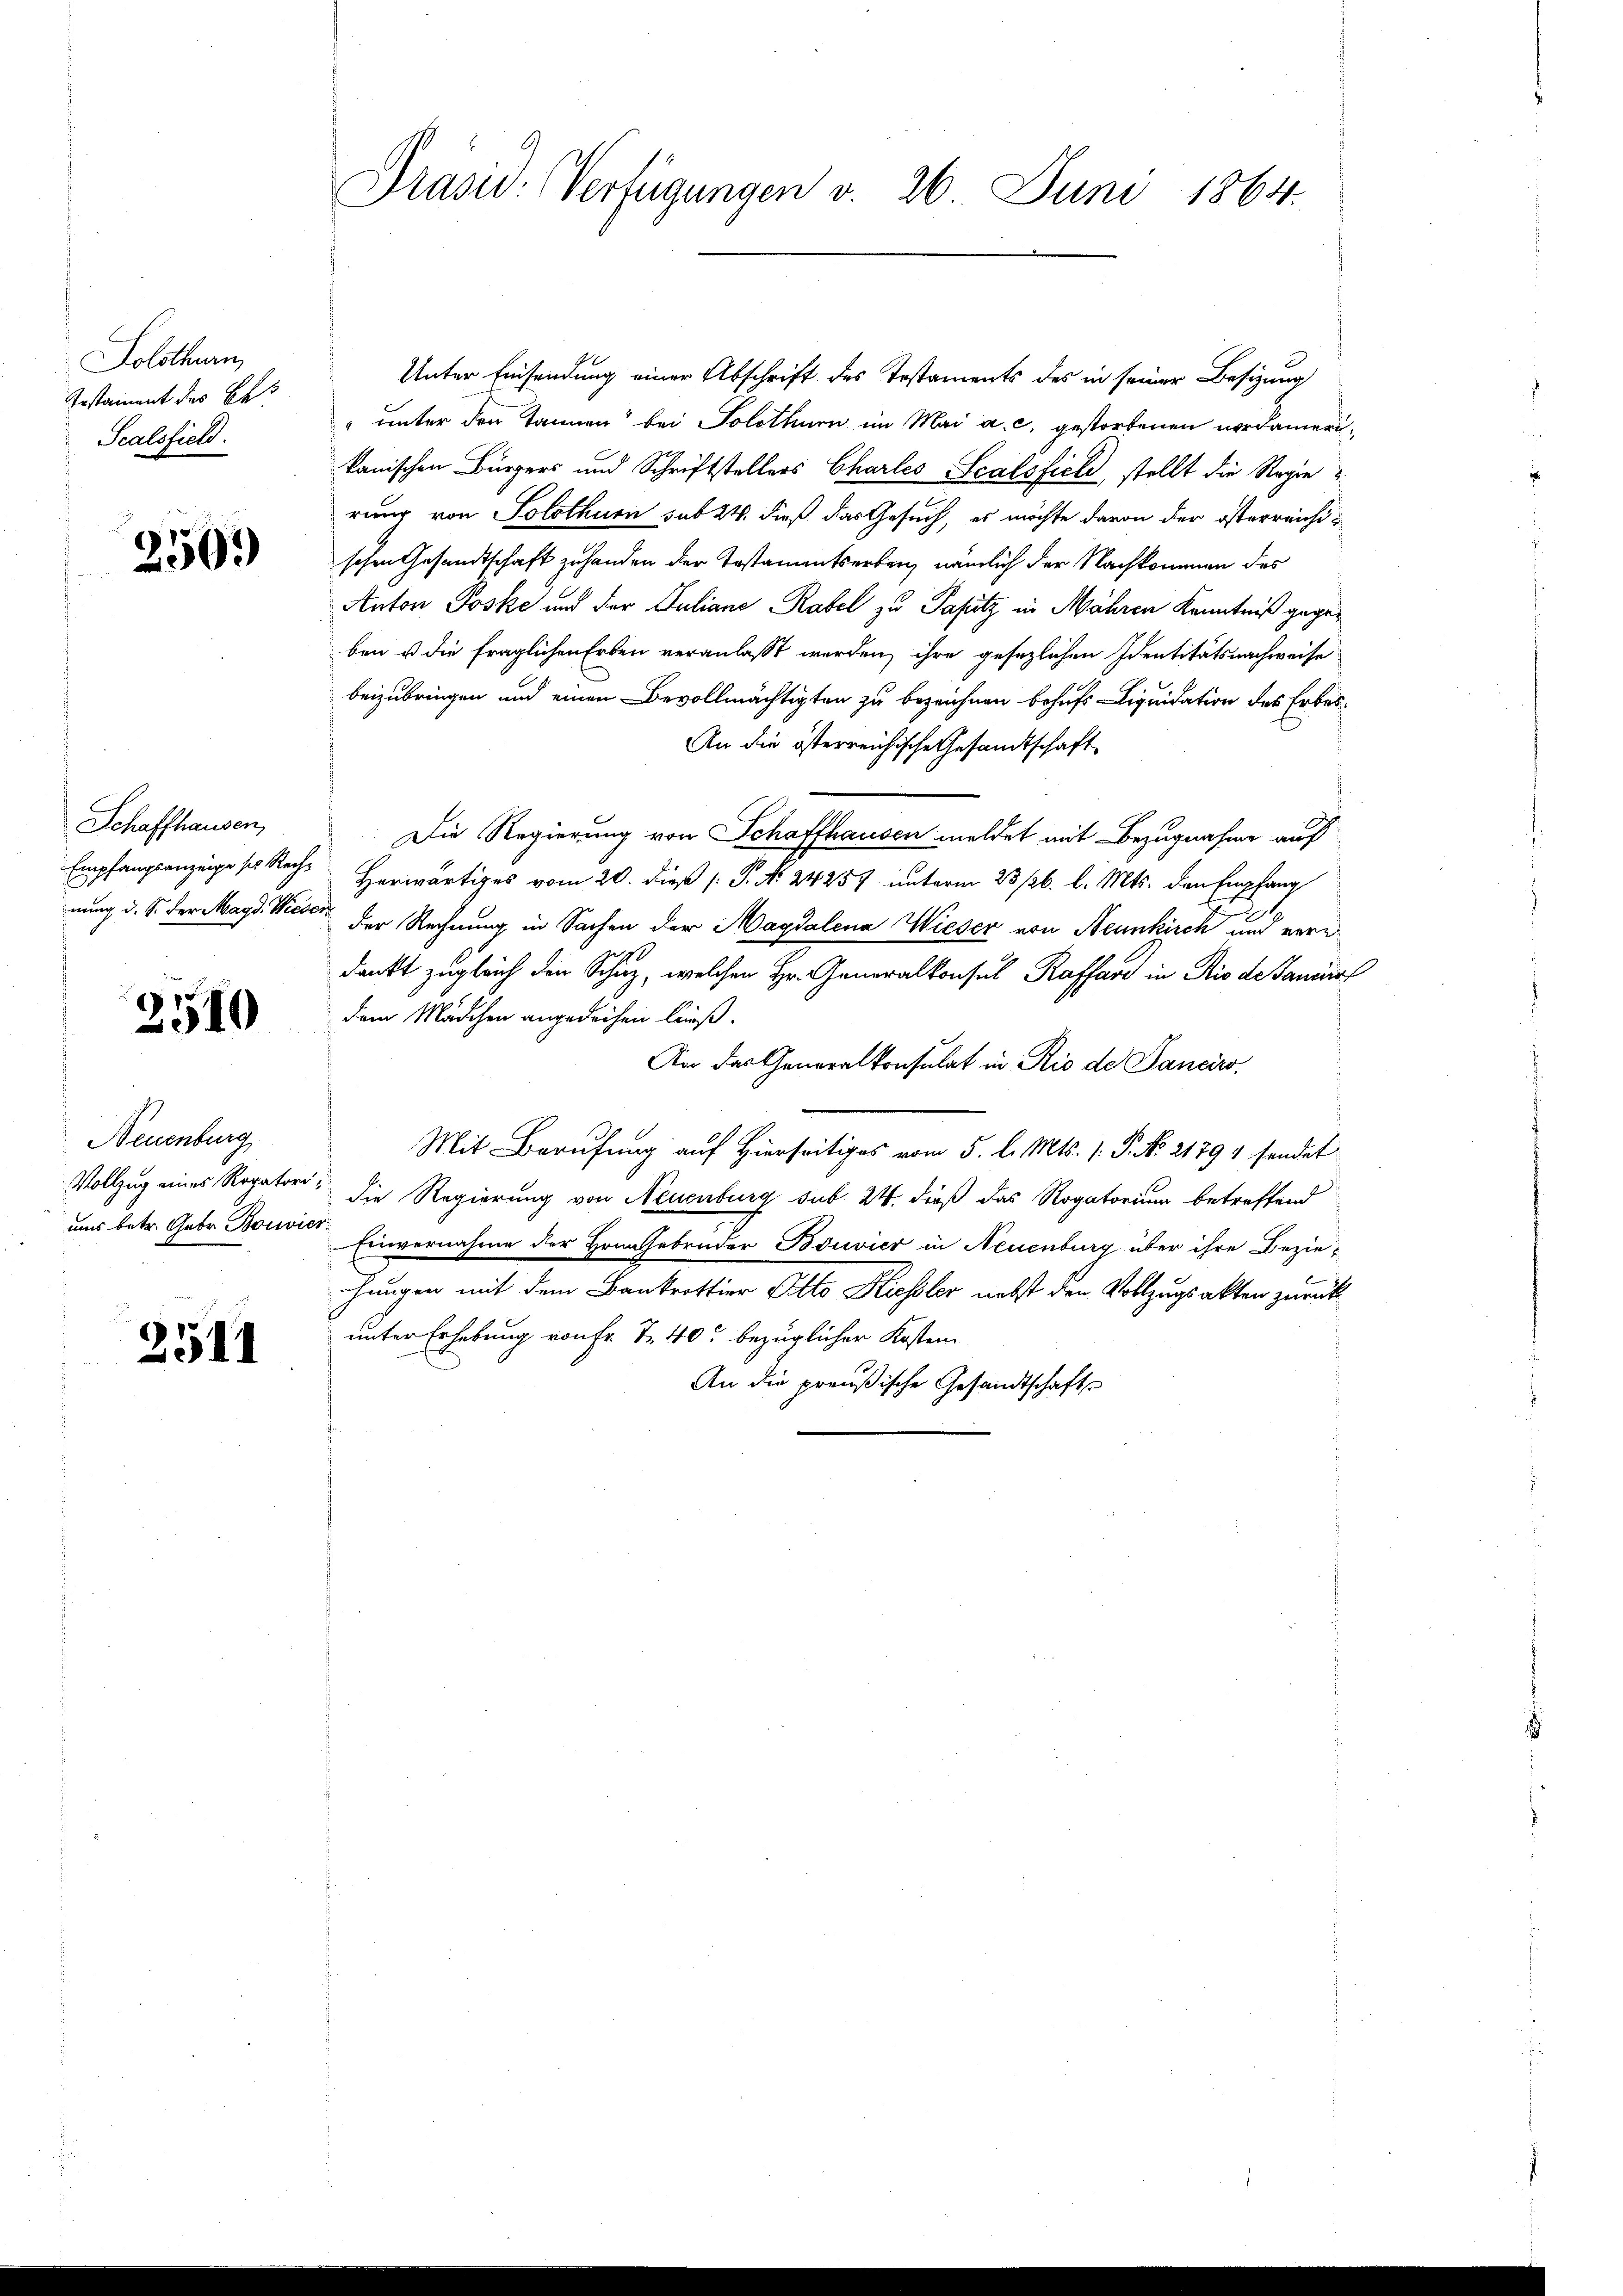
Solothurn
Gestament des Bes
Scalsfield.

2509

Schaffhausen,
Empfangsanzeige ses Rech¬

2510

Neuenburg
Vollzug eines Repatoriuns betr. Gebr. Boivier

2511

Präsid. Verfügungen v. 26. Juni 1864.

Unter Einsendung einer Abschrift des Testaments des in seiner Besizung
" unter den Tannen bei Solothurn im Mai a. c. gestorbenen verdamerikanischen Bürgers und Schriftstellers Charles Scalsfiel, stellt die Regie
rung von Solothurn sub 24. dieß das Gesuch, es möchte davon der österreichischen Gesandtschaft zu handen der Testamentserben, nämlich der Nachkommen des
Anton Poske und der Juliane Rabel zu Papritz in Mähren Kenntniß gegeben u die fraglichen Erben veranlaßt werden, ihre gesezlichen Identitätsnachweise
beizubringen und einen Bevollmächtigten zu bezeichnen behufs Liquidation des Erbes-
An die österreichische Gesandtschaft
Die Regierung von Schaffhausen meldet mit Bezugnahme auf
Herwärtiges vom 20. dieß [ P. N. 24257 unterm 23 /26. l. Mts. den Empfang
nung d. S. der Magd. Wieder der Rechnung in Sachen der Magdalena Wieser von Neunkirch und vere
dankt zugleich den Schuz, welchen Hr. Generalkonsul Raffare in Rio de Januar
dem Mädchen angedeihen ließ.
An das Generalkonsulat in Rio de Sanciro,
Mit Berufung auf Hierseitiges vom 5. l. Mts. 1. P. N. 21794 sendet
die Regierung von Neuenburg sub. 24. dieß das Rogatorium betreffend
Einvernahme der Hrn. Gebrüder Bouvier in Neuenburg über ihre Beziehangen mit dem Bankrottier Otto Kiessler nebst den Vollzugsakten zurück
unter Erhebung von Fr. T. 40. bezüglicher Kosten
An die preußische Gesandtschaft